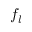
f _ { l }